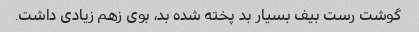
گوشت رست بیف بسیار بد پخته شده بد، بوی زهم زیادی داشت.